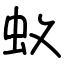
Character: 蚁